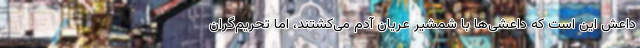
داعش این است که داعشی‌ها با شمشیر عریان آدم می‌کشتند، اما تحریم‌گران